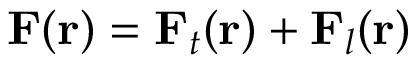
\mathbf { F } ( \mathbf { r } ) = \mathbf { F } _ { t } ( \mathbf { r } ) + \mathbf { F } _ { l } ( \mathbf { r } )